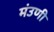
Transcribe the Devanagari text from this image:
मंउणी